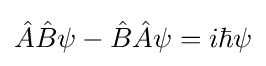
{\hat {A}}{\hat {B}}\psi -{\hat {B}}{\hat {A}}\psi =i\hbar \psi